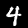
Digit: 4